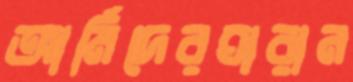
আর্মিদেরঘারান